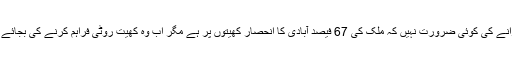
مجھے یہ یاد دہانی کرانے کی کوئی ضرورت نہیں کہ ملک کی 67 فیصد آبادی کا انحصار کھیتوں پر ہے مگر اب وہ کھیت روٹی فراہم کرنے کی بجائے موت بانٹنے لگے ہیں۔